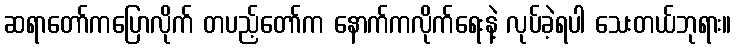
ဆရာတော်ကပြောလိုက် တပည့်တော်က နောက်ကလိုက်ရေးနဲ့ လုပ်ခဲ့ရပါ သေးတယ်ဘုရား။